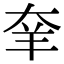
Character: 羍